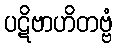
ပဋိဗာဟိတဗ္ဗံ